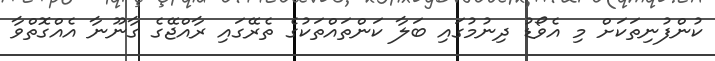
ކުންފުނިތަކަށް މި އެވޯޑު ދިނުމުގައި ބަލާ ކަންތައްތަކުގެ ތެރޭގައި ރާއްޖޭގެ ގާނޫނާ އެއްގޮތްވާ